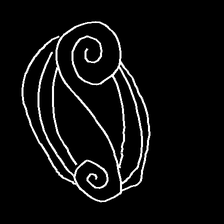
Glyph: wind-underfoot